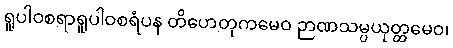
ရူပါဝစရာရူပါဝစရံပန တိဟေတုကမေဝ ဉာဏသမ္ပယုတ္တမေဝ၊